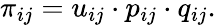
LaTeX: \pi_{ij}=u_{ij}\cdot p_{ij}\cdot q_{ij}.